Vaccine operations Central Provinces 1868-1885 - 1868-1885
Year: 1868
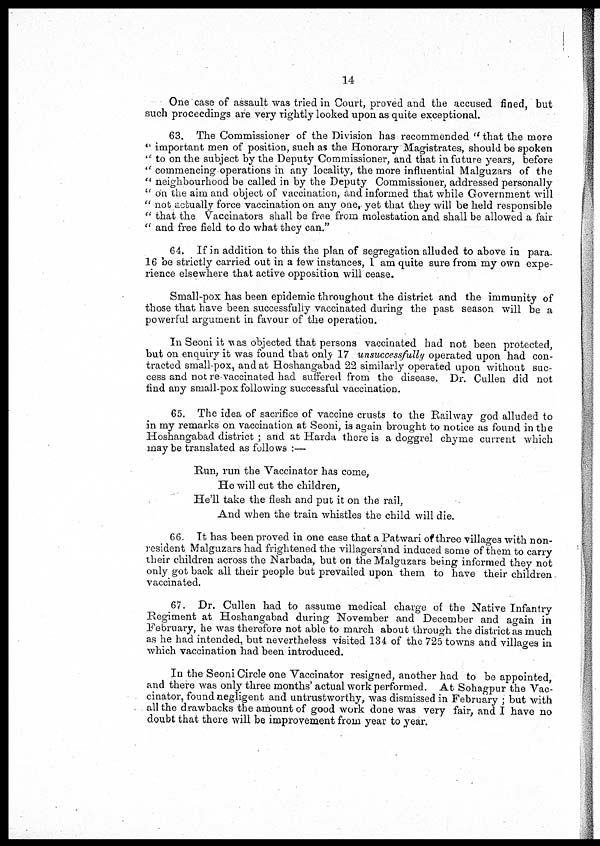
14
One case of assault was tried in Court, proved and the accused fined, but
such proceedings are very rightly looked upon as quite exceptional.
63. The Commissioner of the Division has recommended " that the more
" important men of position, such as the Honorary Magistrates, should be spoken
" to on the subject by the Deputy Commissioner, and that in future years, before
" commencing operations in any locality, the more influential Malguzars of the
" neighbourhood be called in by the Deputy Commissioner, addressed personally
" on the aim and object of vaccination, and informed that while Government will
" not actually force vaccination on any one, yet that they will be held responsible
" that the Vaccinators shall be free from molestation and shall be allowed a fair
" and free field to do what they can."
64. If in addition to this the plan of segregation alluded to above in para.
16 be strictly carried out in a few instances, 1 am quite sure from my own expe-
rience elsewhere that active opposition will cease.
Small-pox has been epidemic throughout the district and the immunity of
those that have been successfully vaccinated during the past season will be a
powerful argument in favour of the operation.
In Seoni it was objected that persons vaccinated had not been protected,
but on enquiry it was found that only 17 unsuccessfully operated upon had con-
tracted small-pox, and at Hoshangabad 22 similarly operated upon without suc-
cess and not re-vaccinated had suffered from the disease. Dr. Cullen did not
find any small-pox following successful vaccination.
65. The idea of sacrifice of vaccine crusts to the Railway god alluded to
in my remarks on vaccination at Seoni, is again brought to notice as found in the
Hoshangabad district ; and at Harda there is a doggrel chyme current which
may be translated as follows :—
Run, run the Vaccinator has come,
He will cut the children,
He'll take the flesh and put it on the rail,
And when the train whistles the child will die.
66. It has been proved in one case that a Patwari of three villages with non-
resident Malguzars had frightened the villagers and induced some of them to carry
their children across the Narbada, but on the Malguzars being informed they not
only got back all their people but prevailed upon them to have their children
vaccinated.
67. Dr. Cullen had to assume medical charge of the Native Infantry
Regiment at Hoshangabad during November and December and again in
February, he was therefore not able to march about through the district as much
as he had intended, but nevertheless visited 134 of the 725 towns and villages in
which vaccination had been introduced.
In the Seoni Circle one Vaccinator resigned, another had to be appointed,
and there was only three months' actual work performed. At Sohagpur the Vac-
cinator, found negligent and untrustworthy, was dismissed in February ; but with
all the drawbacks the amount of good work done was very fair, and I have no
doubt that there will be improvement from year to year.